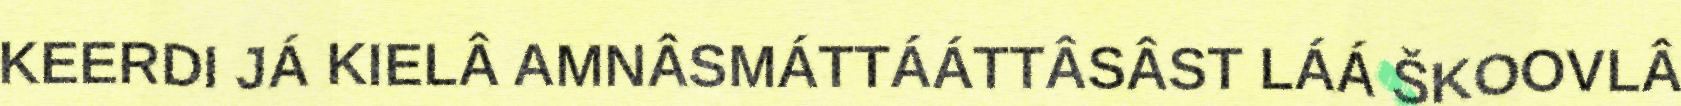
KEERDI JÁ KIELÂ AMNÂSMÁTTÁÁTTÂSÂST LÁÁ ŠKOOVLÂ